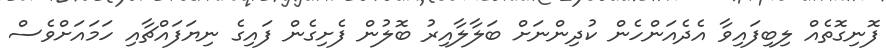
ފޮނިގޮތެއް ލިބިފައިވާ އެދެއަންހެން ކުދިންނަށް ބަލާލާއިރު ބޮލުން ފެށިގެން ފައިގެ ނިޔަފައްޗާއި ހަމައަށްވެސް